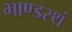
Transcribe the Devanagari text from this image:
भाण्डस्थं